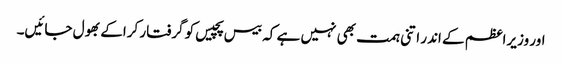
اور وزیراعظم کے اندر اتنی ہمت بھی نہیں ہے کہ بیس پچیس کو گرفتار کراکے بھول جائیں۔